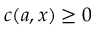
c ( a , x ) \geq 0